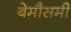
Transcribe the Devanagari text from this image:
बेमौसमी